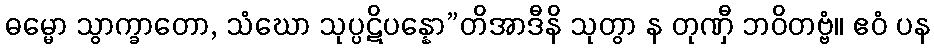
ဓမ္မော သွာက္ခာတော, သံဃော သုပ္ပဋိပန္နော”တိအာဒီနိ သုတွာ န တုဏှီ ဘဝိတဗ္ဗံ။ ဧဝံ ပန